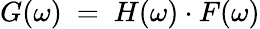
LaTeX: G(\omega)~=~H(\omega)\cdot F(\omega)